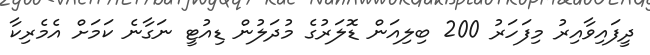
ދީފައިވާއިރު މިފަހަރު 200 ބިލިއަން ޑޮލަރުގެ މުދަލުން ޑިއުޓީ ނަގާނެ ކަމަށް އެމެރިކާ